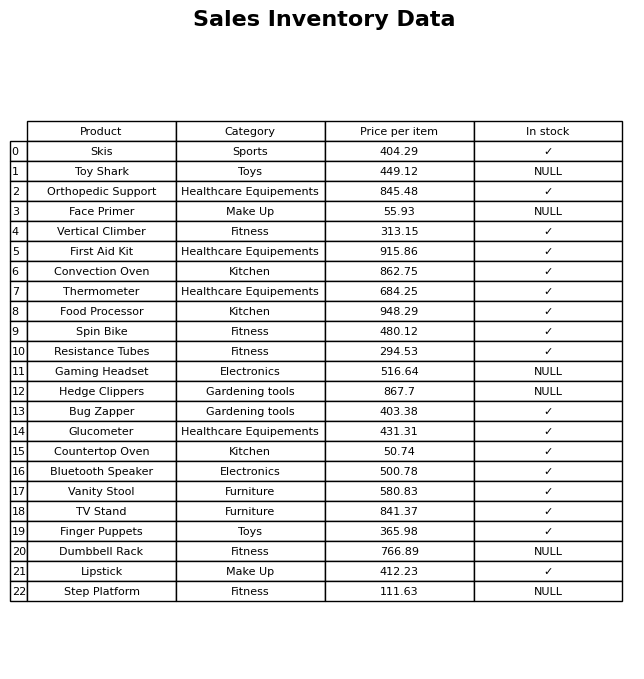
question: What is the price for First Aid Kit?
answer: The price of First Aid Kit is 915.86.